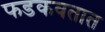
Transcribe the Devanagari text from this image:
फडकवतात